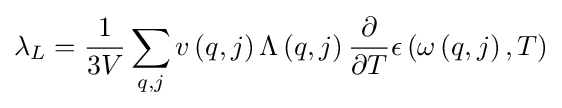
{\lambda }_{L}={\frac {1}{3V}}\sum _{q,j}v\left(q,j\right)\Lambda \left(q,j\right){\frac {\partial }{\partial T}}\epsilon \left(\omega \left(q,j\right),T\right)